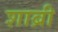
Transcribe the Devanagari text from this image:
शाब्री